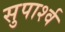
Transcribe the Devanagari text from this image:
सुपार्श्‍व